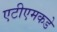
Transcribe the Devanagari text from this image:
एटीएमकडे